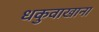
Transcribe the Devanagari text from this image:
धकुवाखाना